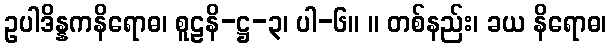
ဥပါဒိန္နကနိရောဓ၊ စူဠနိ-ဋ္ဌ-၃၊ ပါ-၆။ ။ တစ်နည်း၊ ခယ နိရောဓ၊